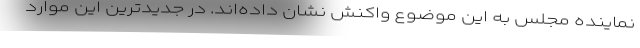
نماینده مجلس به این موضوع واکنش نشان داده‌اند. در جدیدترین این موارد